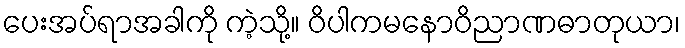
ပေးအပ်ရာအခါကို ကဲ့သို့။ ဝိပါကမနောဝိညာဏဓာတုယာ၊